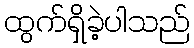
ထွက်ရှိခဲ့ပါသည်